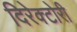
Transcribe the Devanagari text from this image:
दिरेक्टोरी